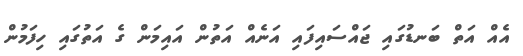
އެއް އަތް ބަނޑުގައި ޖައްސައިފައި އަނެއް އަތުން އައިމަން ގެ އަތުގައި ހިފަމުން